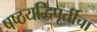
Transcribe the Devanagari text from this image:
षष्ठयद्धिपूर्तीचा